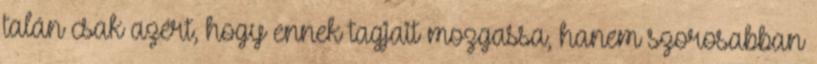
talán csak azért, hogy ennek tagjait mozgassa, hanem szorosabban